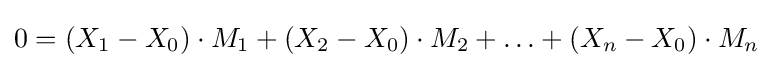
0=(X_{1}-X_{0})\cdot M_{1}+(X_{2}-X_{0})\cdot M_{2}+\ldots +(X_{n}-X_{0})\cdot M_{n}